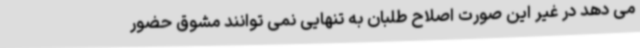
می دهد در غیر این صورت اصلاح طلبان به تنهایی نمی توانند مشوق حضور